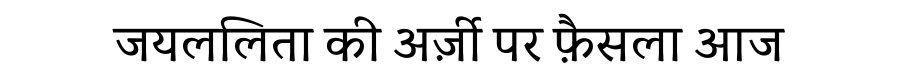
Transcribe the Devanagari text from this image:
जयललिता की अर्ज़ी पर फ़ैसला आज